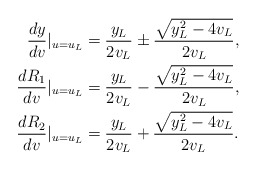
\begin{align*}\frac{dy}{dv}|_{u=u_{L}}&=\frac{y_L}{2v_L}\pm \frac{\sqrt{y_L^2-4v_L}}{2v_L}, \\\frac{dR_1}{dv}|_{u=u_{L}}&=\frac{y_L}{2v_L}-\frac{\sqrt{y_L^2-4v_L}}{2v_L}, \\\frac{dR_2}{dv}|_{u=u_{L}}&=\frac{y_L}{2v_L}+\frac{\sqrt{y_L^2-4v_L}}{2v_L}.\end{align*}